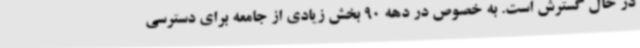
در حال گسترش است. به خصوص در دهه 90 بخش زیادی از جامعه برای دسترسی